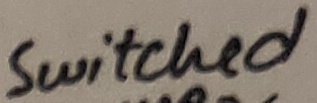
Text: Switched